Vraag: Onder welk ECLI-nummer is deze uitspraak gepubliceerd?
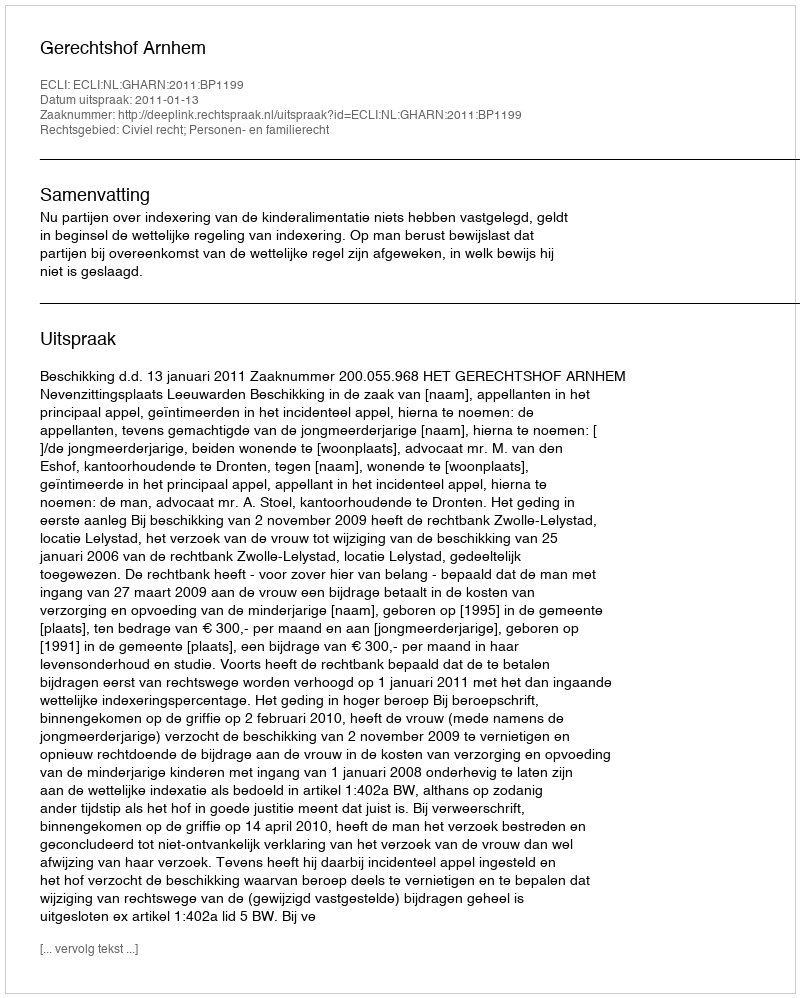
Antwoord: ECLI:NL:GHARN:2011:BP1199